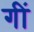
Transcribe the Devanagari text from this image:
गीं